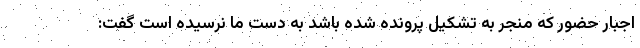
اجبار حضور که منجر به تشکیل پرونده شده باشد به دست ما نرسیده است گفت: